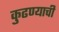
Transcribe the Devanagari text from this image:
कुढण्याची